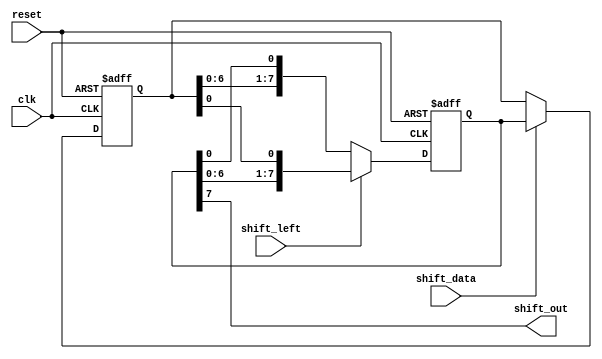
module shift_register (
  input  wire clk,
  input  wire reset,
  input  wire shift_left,
  input  wire shift_data,
  output wire shift_out
);

parameter SIZE = 8;

reg [SIZE-1:0] data;
reg [SIZE-1:0] shifted_data;

always @(posedge clk or posedge reset) begin
  if (reset) begin
    data <= 0;
    shifted_data <= 0;
  end
  else begin
    if (shift_left) begin
      shifted_data <= {shifted_data[SIZE-2:0], data[0]};
    end
    else begin
      shifted_data <= {data[SIZE-2:0], shifted_data[0]};
    end
    
    if (shift_data) begin
      data <= shifted_data;
    end
  end
end

assign shift_out = shifted_data[SIZE-1];

endmodule